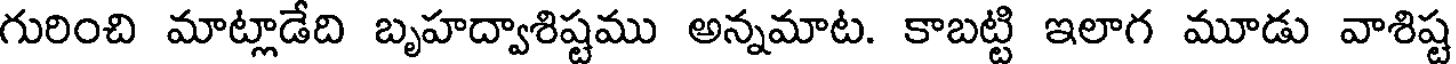
గురించి మాట్లాడేది బృహద్వాశిష్టము అన్నమాట. కాబట్టి ఇలాగ మూడు వాశిష్ట